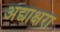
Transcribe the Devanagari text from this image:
अद्याक्षरा